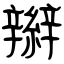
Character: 辮